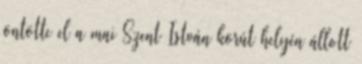
öntötte el a mai Szent István körút helyén állott